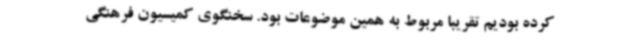
کرده بودیم تقریبا مربوط به همین موضوعات بود. سخنگوی کمیسیون فرهنگی